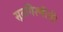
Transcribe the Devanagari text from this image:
सूतगिरणीची